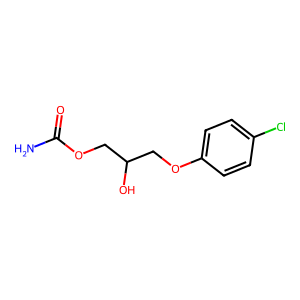
SMILES: NC(=O)OCC(O)COc1ccc(Cl)cc1
Inhibits HIV replication: No